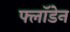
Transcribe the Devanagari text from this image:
फ्लॉडेन